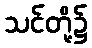
သင်တို့၌